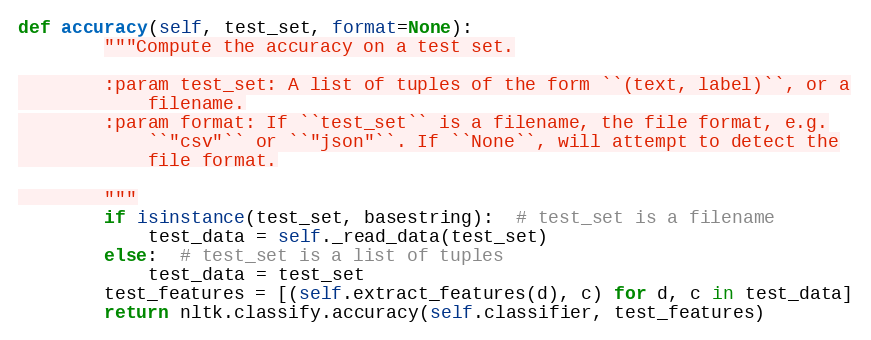
Language: Python
def accuracy(self, test_set, format=None):
        """Compute the accuracy on a test set.

        :param test_set: A list of tuples of the form ``(text, label)``, or a
            filename.
        :param format: If ``test_set`` is a filename, the file format, e.g.
            ``"csv"`` or ``"json"``. If ``None``, will attempt to detect the
            file format.

        """
        if isinstance(test_set, basestring):  # test_set is a filename
            test_data = self._read_data(test_set)
        else:  # test_set is a list of tuples
            test_data = test_set
        test_features = [(self.extract_features(d), c) for d, c in test_data]
        return nltk.classify.accuracy(self.classifier, test_features)